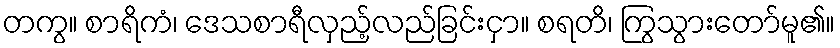
တကွ။ စာရိကံ၊ ဒေသစာရီလှည့်လည်ခြင်းငှာ။ စရတိ၊ ကြွသွားတော်မူ၏။